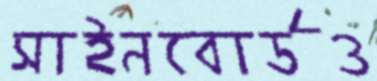
সাইনবোর্ডও